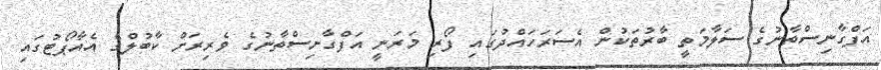
އަފްގާނިސްތާނުގެ ސަލާމަތީ ބާރުތަކުން އެސަރަހައްދުގައި ފޯރި މަރަނީ އަފްގާނިސްތާނުގެ ވެރިރަށް ކާބުލްގެ އެއާޕޯޓުގައި